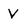
Character: v